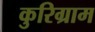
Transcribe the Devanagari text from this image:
कुरिग्राम